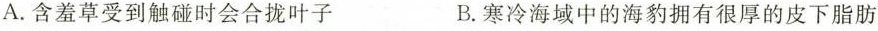
A.含羞草受到触碰时会合拢叶子 B.寒冷海域中的海豹拥有很厚的皮下脂肪